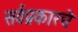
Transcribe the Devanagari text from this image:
सर्वप्रकारचे